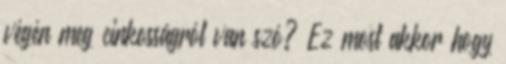
végén meg cinkosságról van szó? Ez most akkor hogy